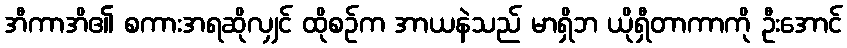
အီကာအိ၏ စကားအရဆိုလျှင် ထိုစဉ်က အာယနဲသည် မာရှိဘ ယိုရှီတာကာကို ဦးအောင်